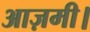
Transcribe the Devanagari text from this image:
आज़मी।